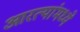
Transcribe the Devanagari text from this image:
आरत्यांमध्ये